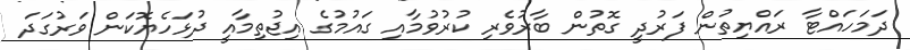
ދަމަހައްޓާ ރައްޔިތުން ފަރުދީ ގޮތުން ބާރުވެރި ކުރުވުމާއި ގައުމުގެ އިޖުތިމާއީ ދުޅަހެޔޮކަން ވަރުގަދަ